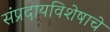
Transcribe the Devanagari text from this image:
संप्रदायविशेषाचे